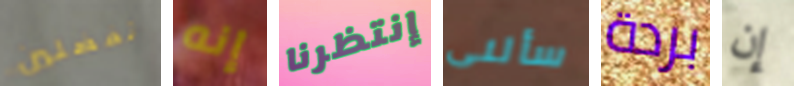
تفضلين إنه إنتظرنا سألنى بردة إن